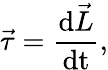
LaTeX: {\vec{\tau}}={\frac{\mathrm{d}{\vec{L}}}{\mathrm{dt}}},